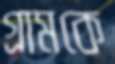
গ্রামকে